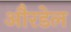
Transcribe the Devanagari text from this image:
औरडेल